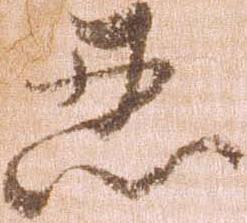
忍